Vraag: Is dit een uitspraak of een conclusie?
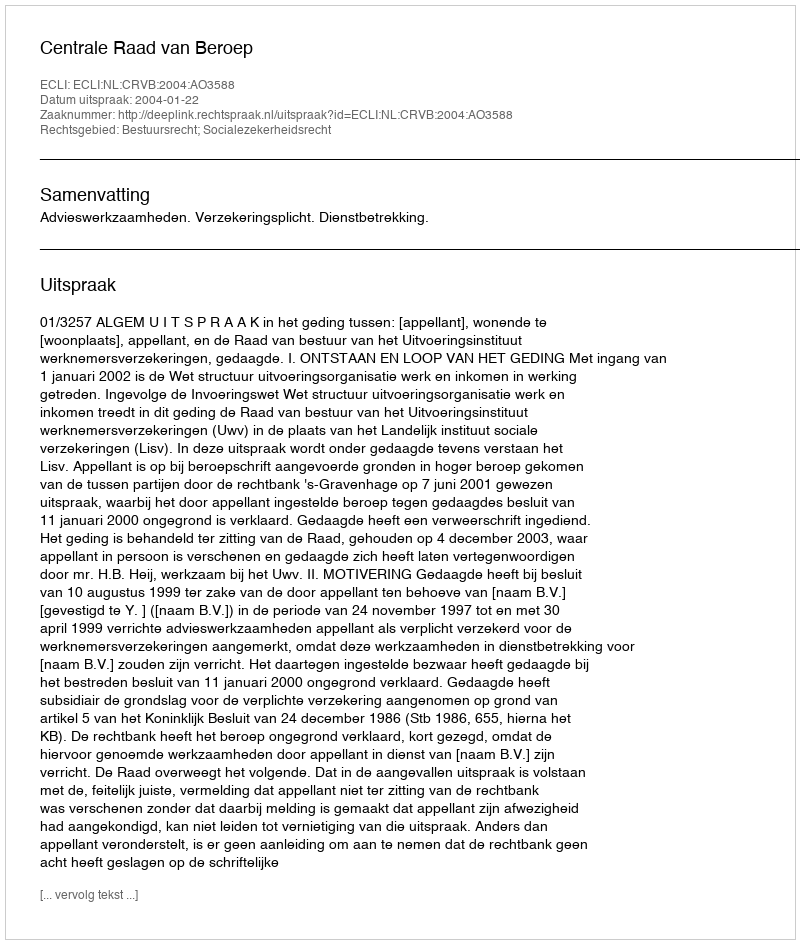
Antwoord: Uitspraak